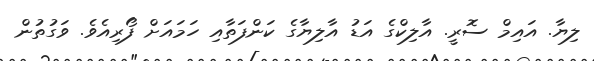
ލިޔާ. އައިމް ސޮރީ. އާލިކްގެ އަޑު އާލިޔާގެ ކަންފަތާއި ހަމައަށް ފޯރިއެވެ. ވަގުތުން